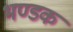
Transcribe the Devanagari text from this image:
भण्डक